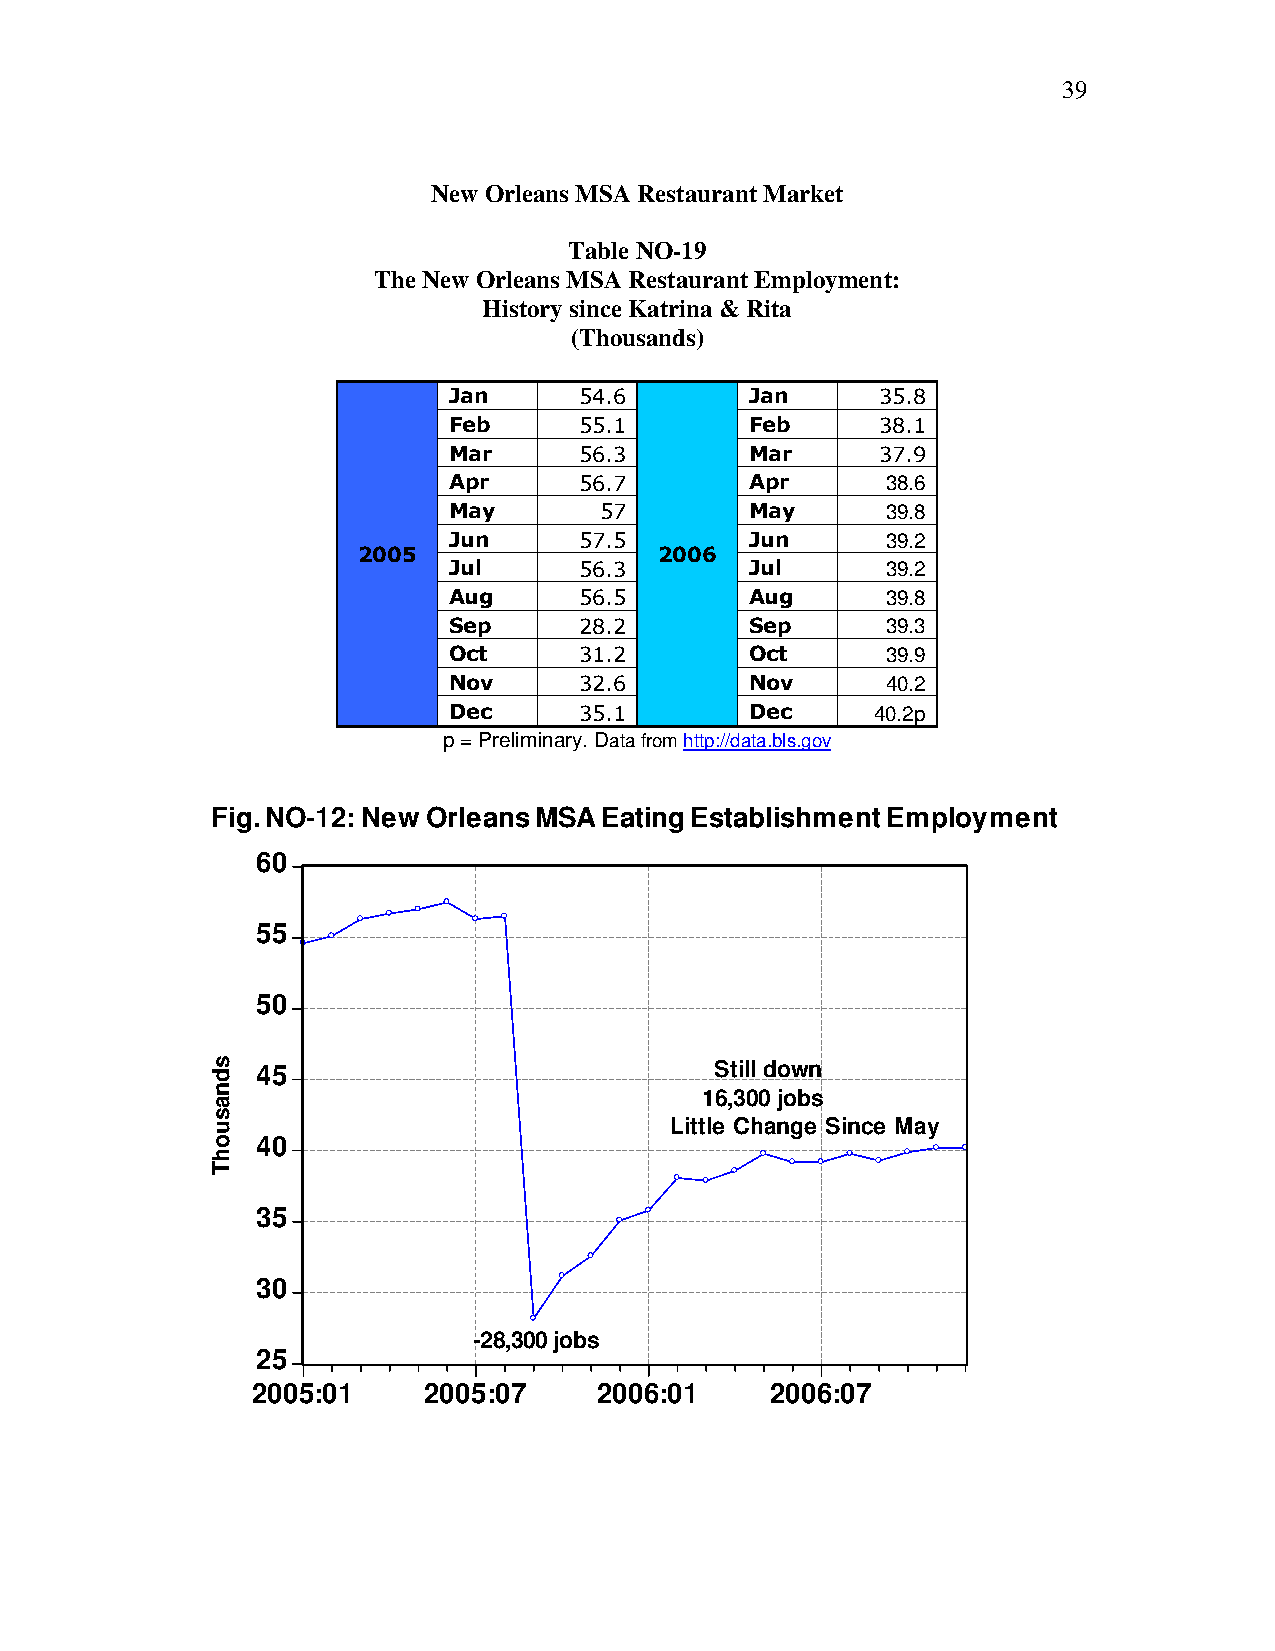
39
 New Orleans MSA Restaurant Market
 Table NO-19
 The New Orleans MSA Restaurant Employment:
 History since Katrina & Rita
 (Thousands)
 Jan     54.6        Jan     35.8
 Feb     55.1        Feb     38.1
 Mar     56.3        Mar     37.9
 Apr     56.7        Apr      38.6
 May       57        May      39.8
 Jun     57.5        Jun      39.2
 2005                2006
 Jul     56.3        Jul      39.2
 Aug     56.5        Aug      39.8
 Sep     28.2        Sep      39.3
 Oct     31.2        Oct      39.9
 Nov     32.6        Nov      40.2
 Dec     35.1        Dec     40.2p
 p = Preliminary. Data from http://data.bls.gov
 Fig. NO-12: New Orleans MSA Eating Establishment Employment
 60
 55
 50
 45                            Still down
 16,300 jobs
 Little Change Since May
 40
 35
 30
 -28,300 jobs
 25
 2005:01    2005:07     2006:01    2006:07
 sdnasuohT